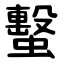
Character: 蟿